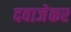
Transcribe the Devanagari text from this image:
दवाजेकर